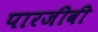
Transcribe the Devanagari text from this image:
पारजीवी